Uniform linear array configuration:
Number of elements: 16
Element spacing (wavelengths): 1
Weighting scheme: exponential
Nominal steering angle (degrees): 45
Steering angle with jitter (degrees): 44.898
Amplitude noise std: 0.05
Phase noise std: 0.05

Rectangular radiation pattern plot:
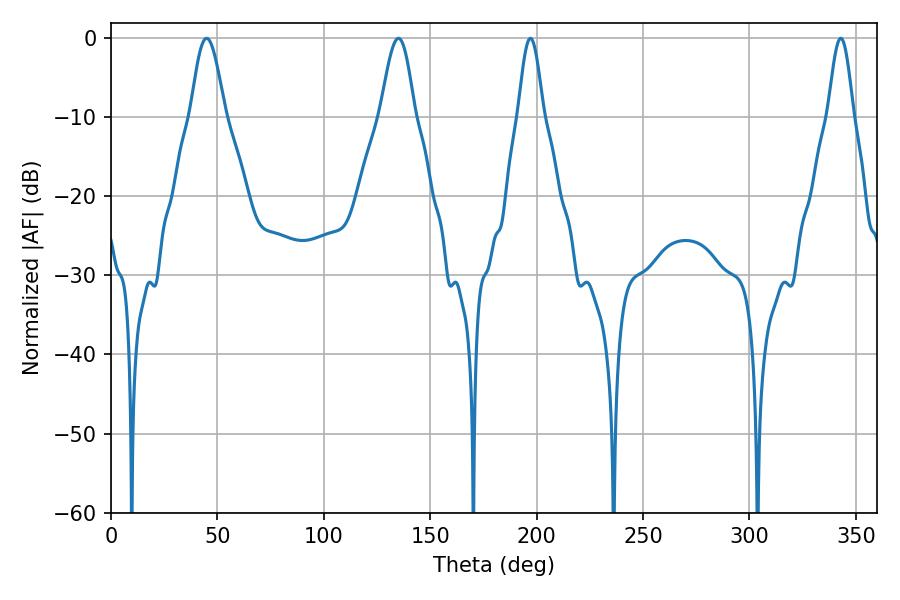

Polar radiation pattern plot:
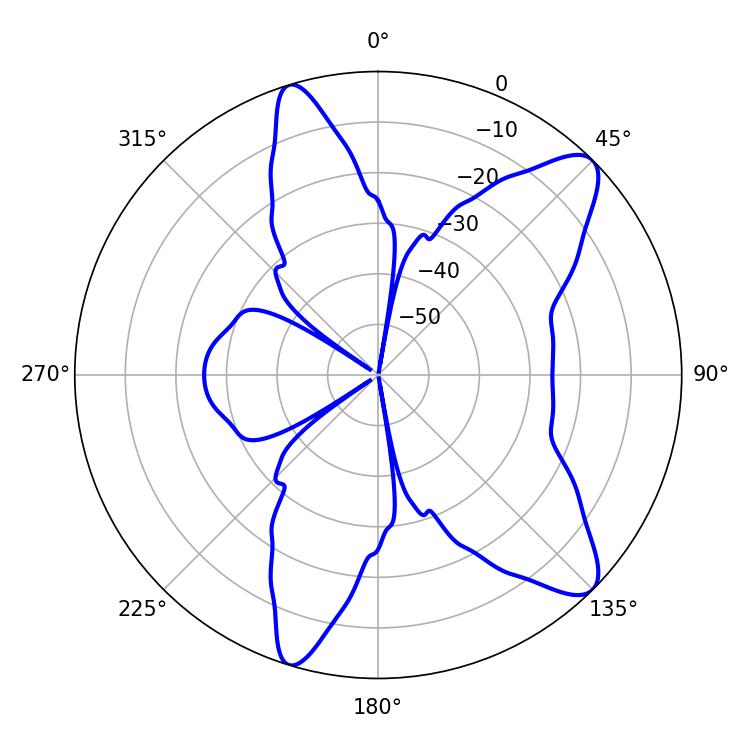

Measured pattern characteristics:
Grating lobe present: TRUE
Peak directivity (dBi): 10.528
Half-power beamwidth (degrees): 6.3
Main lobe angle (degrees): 197.1